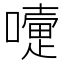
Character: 𡁲